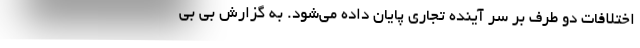
اختلافات دو طرف بر سر آینده تجاری پایان داده می‌شود. به گزارش بی بی